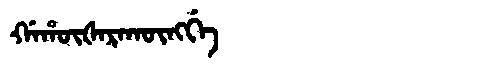
Manchu: ᡤᠠᡥᡡᡧᠠᡵᠠᡴᡡᠩᡤᡝ
Romanization: GAHŪŠARAKŪNGGE